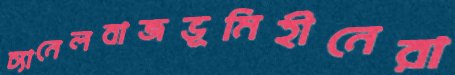
চ্যানেলবাজভূমিহীনেরা